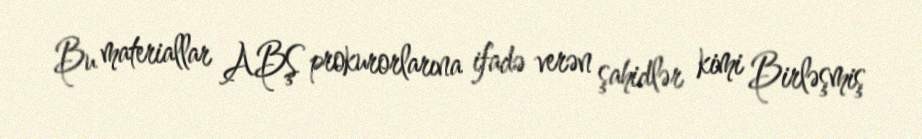
Bu materiallar ABŞ prokurorlarına ifadə verən şahidlər kimi Birləşmiş